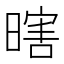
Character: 𱢜